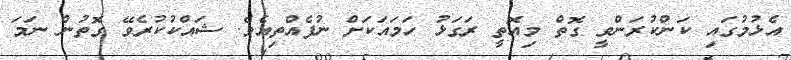
އެޅުމުގައި ކަންކުރަންވީ ގޮތް މިއޮތީ ރަގަޅު ހަމައަކަށް ނުފެއްތިއެވެ. ޝައްކުކުރެވޭ ގޮތުން ނަމަ